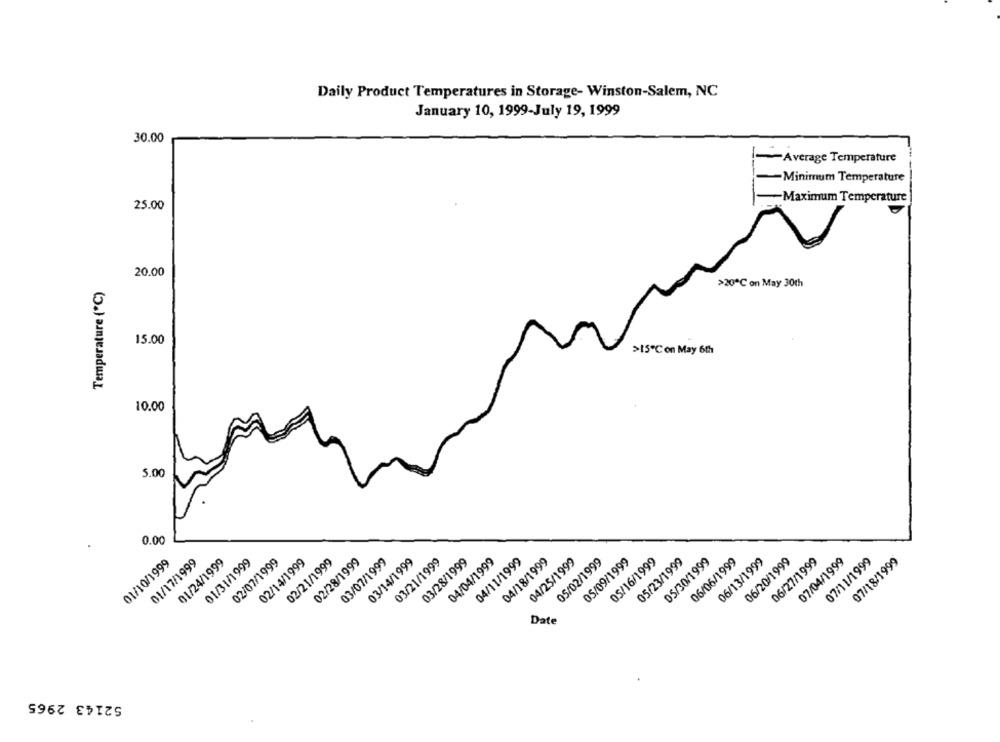
Daily Product Temperatures in Storage- Winston-Salem, NC
January 10, 1999-July 19, 1999
30.00
[-Average Temperature
-Minimum Temperature
-Maximum Temperature
25.00
20.00
>20℃ on May 30th
Temperature (*℃)
15.00
>15"℃ on May 6th
10.00
5.00
0.00
02/07/1999
02/28/1999
03/07/1999
03/28/1999
05/02/1999
05/09/1999
05/16/1999
05/23/1999
06/13/1999
07/11/1999
07/18/1999
01/10/1999
01/17/1999
01/24/1999
01/31/1999
02/14/1999
02/21/1999
03/14/1999
03/21/1999
04/04/1999
04/11/1999
04/18/1999
04/25/1999
05/30/1999
06/06/1999
06/20/1999
06/27/1999
07/04/1999
Date
52143 2965